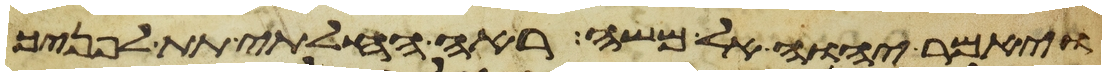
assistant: ויאמר יהוה אל משה ראה החלתי תת לפניך